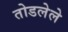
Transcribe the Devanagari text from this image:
तोडलेले